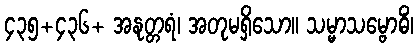
၄၃၅+၄၃၆+ အနုတ္တရံ၊ အတုမရှိသော။ သမ္မာသမ္ဗောဓိံ၊